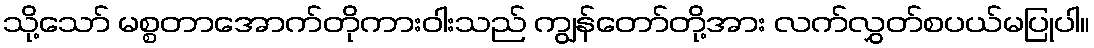
သို့သော် မစ္စတာအောက်တိုကားဝါးသည် ကျွန်တော်တို့အား လက်လွှတ်စပယ်မပြုပါ။